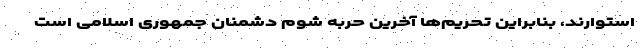
استوارند، بنابراین تحریم‌ها آخرین حربه شوم دشمنان جمهوری اسلامی است